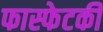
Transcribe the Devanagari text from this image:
फास्फेटकी